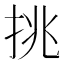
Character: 挑